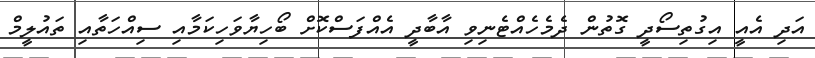
އަދި އެއީ އިގުތިސޯދީ ގޮތުން ދެމެހެއްޓެނިވި އާބާދީ އެއްފަސްކޮށް ބޯހިޔާވަހިކަމާއި ސިއްހަތާއި ތައުލީމް